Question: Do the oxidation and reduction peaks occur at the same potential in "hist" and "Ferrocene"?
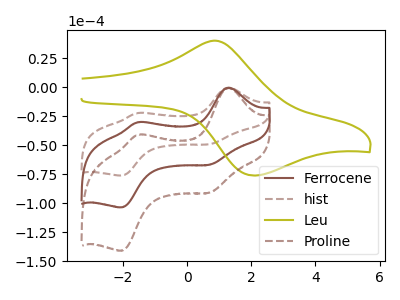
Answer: <think>The brown curve "Ferrocene" has anodic peaks at (1.30V, -0.35uA) (-1.55V, -30.10uA) and cathodic peaks at (0.70V, -66.60uA) (-2.05V, -103.50uA). The brown dashed curve "hist" has anodic peaks at (1.30V, -0.25uA) (-1.55V, -22.10uA) and cathodic peaks at (0.70V, -48.90uA) (-2.05V, -76.05uA). The olive curve "Leu" has an anodic peak at (0.90V, 40.30uA) and a cathodic peak at (2.05V, -76.00uA). The brown dashed curve "Proline" has anodic peaks at (1.30V, -0.70uA) (-1.55V, -60.15uA) and cathodic peaks at (0.70V, -133.20uA) (-2.05V, -207.00uA).</think>
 <answer>Yes, "hist" have a peak in "Ferrocene" at the same potential.</answer>
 <eval>match</eval>